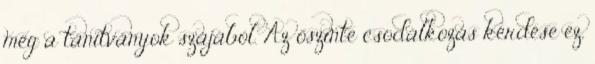
még a tanítványok szájából. Az őszinte csodálkozás kérdése ez,